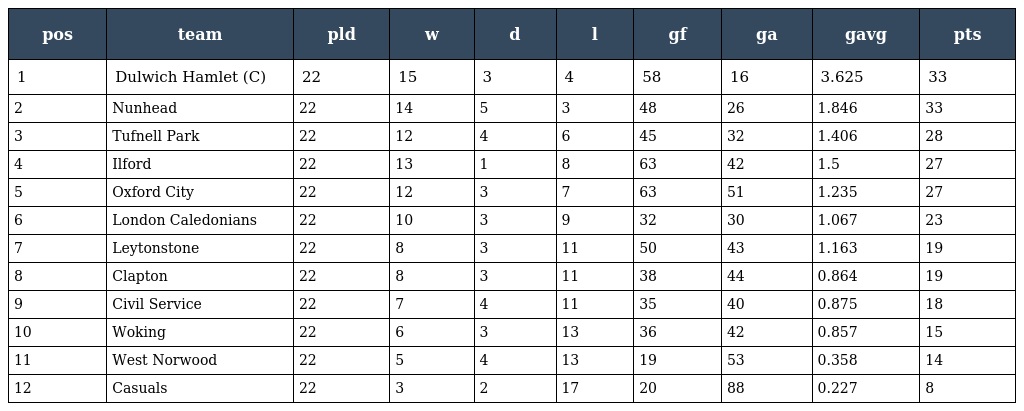
| pos | team | pld | w | d | l | gf | ga | gavg | pts |
 | --- | --- | --- | --- | --- | --- | --- | --- | --- | --- |
 | 1 | Dulwich Hamlet (C) | 22 | 15 | 3 | 4 | 58 | 16 | 3.625 | 33 |
 | 2 | Nunhead | 22 | 14 | 5 | 3 | 48 | 26 | 1.846 | 33 |
 | 3 | Tufnell Park | 22 | 12 | 4 | 6 | 45 | 32 | 1.406 | 28 |
 | 4 | Ilford | 22 | 13 | 1 | 8 | 63 | 42 | 1.5 | 27 |
 | 5 | Oxford City | 22 | 12 | 3 | 7 | 63 | 51 | 1.235 | 27 |
 | 6 | London Caledonians | 22 | 10 | 3 | 9 | 32 | 30 | 1.067 | 23 |
 | 7 | Leytonstone | 22 | 8 | 3 | 11 | 50 | 43 | 1.163 | 19 |
 | 8 | Clapton | 22 | 8 | 3 | 11 | 38 | 44 | 0.864 | 19 |
 | 9 | Civil Service | 22 | 7 | 4 | 11 | 35 | 40 | 0.875 | 18 |
 | 10 | Woking | 22 | 6 | 3 | 13 | 36 | 42 | 0.857 | 15 |
 | 11 | West Norwood | 22 | 5 | 4 | 13 | 19 | 53 | 0.358 | 14 |
 | 12 | Casuals | 22 | 3 | 2 | 17 | 20 | 88 | 0.227 | 8 |